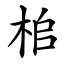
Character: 桘